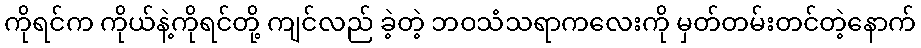
ကိုရင်က ကိုယ်နဲ့ကိုရင်တို့ ကျင်လည် ခဲ့တဲ့ ဘဝသံသရာကလေးကို မှတ်တမ်းတင်တဲ့နောက်